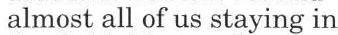
 almost all of us staying in